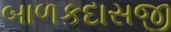
બાળકદાસજી